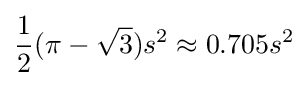
{\frac {1}{2}}(\pi -{\sqrt {3}})s^{2}\approx 0.705s^{2}